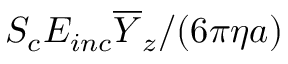
S _ { c } E _ { i n c } \overline { { Y } } _ { z } / ( 6 \pi \eta a )